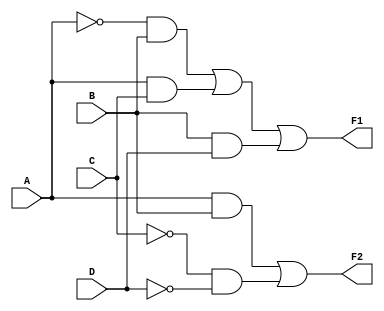
module combinational_logic (
    input wire A,  // Input A
    input wire B,  // Input B
    input wire C,  // Input C
    input wire D,  // Input D
    output wire F1, // Output F1
    output wire F2  // Output F2
);

// Logic for F1 (example: F1 = A'B + AC + BD)
assign F1 = (~A & B) | (A & C) | (B & D);

// Logic for F2 (example: F2 = AB + C'D')
assign F2 = (A & B) | (~C & ~D);

endmodule